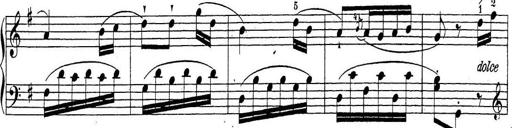
Title: Sonatina Album
Composer: Louis KÃ¶hler